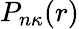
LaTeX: P_{n\kappa}(r)